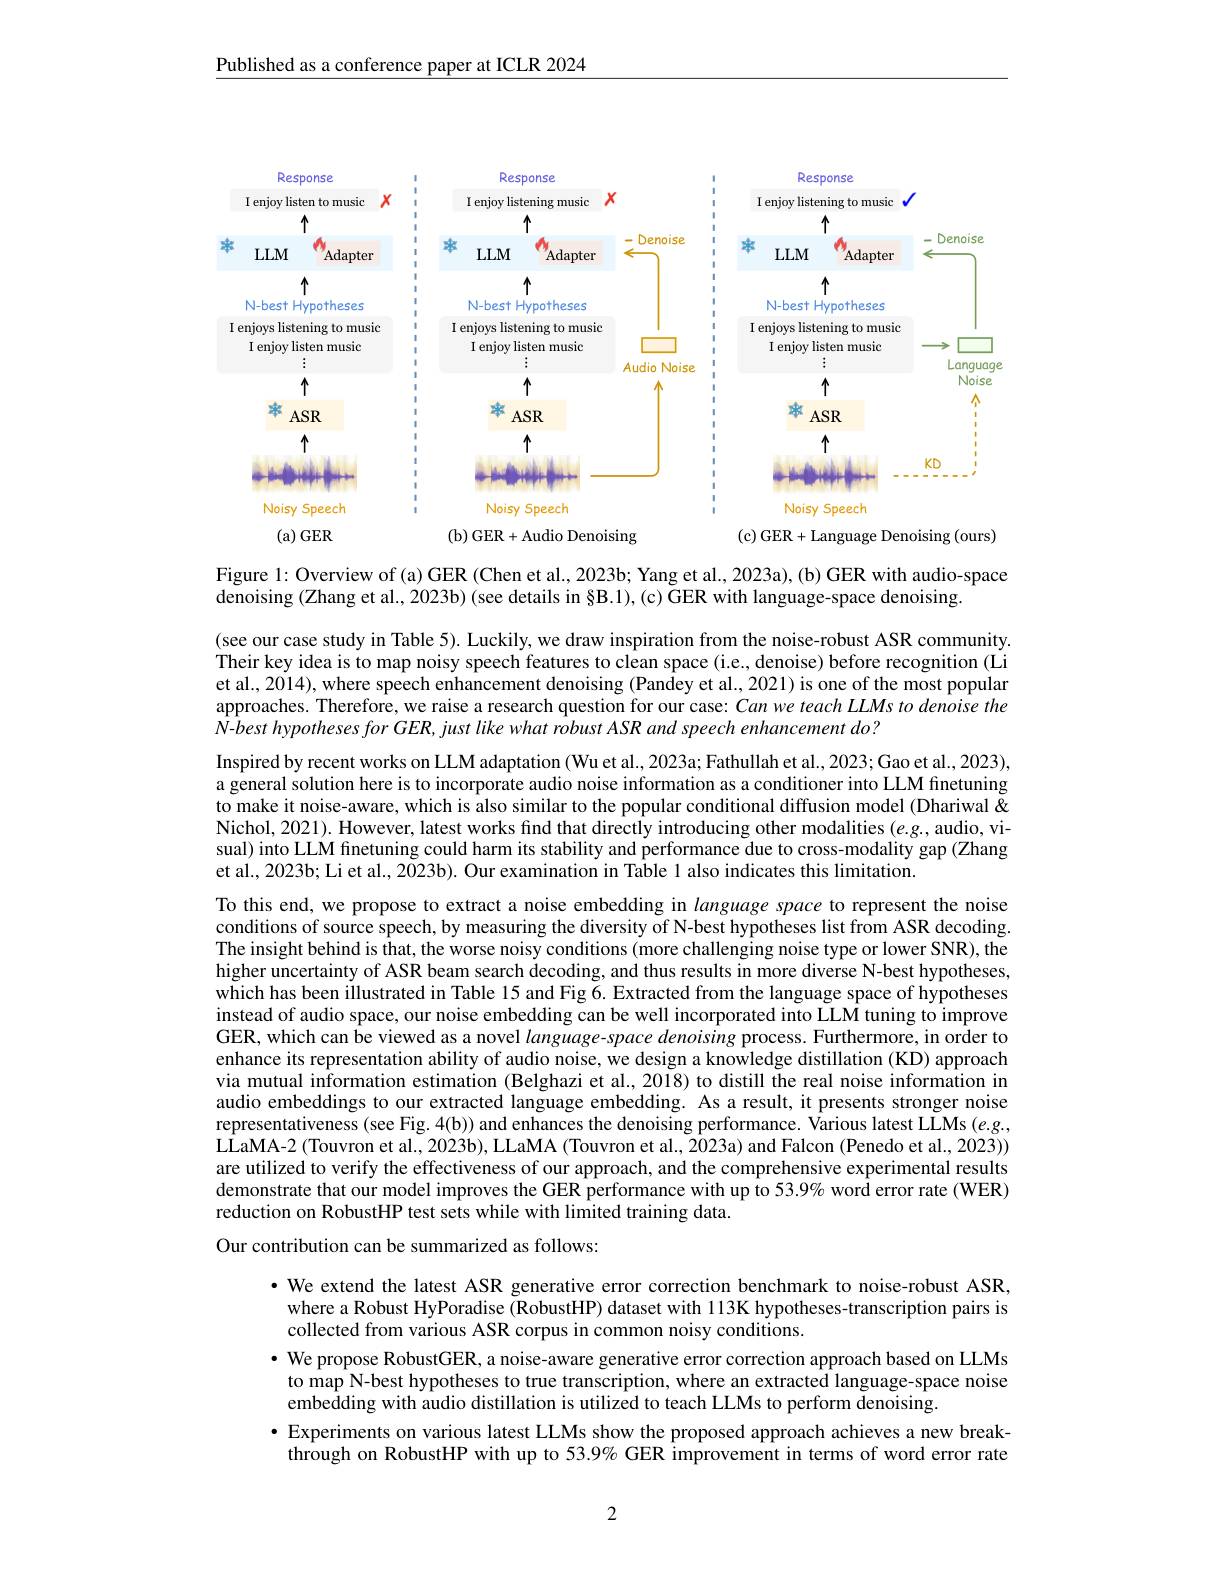
$\underline{\text{Published as a conference paper at ICLR 2024}}$

<FigureHere>

<FigureHere>

Figure 1: Overview of(a) GER (Chen et al., 2023b; Yang et al., 2023a), (b) GER with audio-space
denoising (Zhang et al., 2023b) (see details in §B.1), (c) GER with language-space denoising.

(see our case study in Table 5). Luckily, we draw inspiration from the noise-robust ASR community Their key idea is to map noisy speech features to clean space (i.e., denoise) before recognition (Li et al., 2014), where speech enhancement denoising (Pandey et al., 2021) is one of the most popular approaches. Therefore, we raise a research question for our case: Can we teach LLMs to denoise the $N-best$ hypotheses for GER, just like what robust ASR and speech enhancement do?
Inspired by recent works on LLM adaptation ( Wu et al., 2023a; Fathullah et al., 2023; Gao et al., 2023), a general solution here is to incorporate audio noise information as a conditioner into LLM finetuning to make it noise-aware, which is also similar to the popular conditional diffusion model (Dhariwal & Nichol, 2021). However, latest works find that directly introducing other modalities $(e.g.$, audio, visual) into LLM finetuning could harm its stability and performance due to cross-modality gap (Zhang et al., 2023b; Li et al., 2023b). Our examination in Table 1 also indicates this limitation.
To this end, we propose to extract a noise embedding in language space to represent the noise conditions of source speech, by measuring the diversity of N-best hypotheses list from ASR decoding. The insight behind is that, the worse noisy conditions ( more challenging noise type or lower SNR), the higher uncertainty of ASR beam search decoding, and thus results in more diverse N-best hypotheses, which has been illustrated in Table 15 and Fig 6. Extracted from the language space of hypotheses instead of audio space, our noise embedding can be well incorporated into LLM tuning to improve GER, which can be viewed as a novel language-space denoising process. Furthermore, in order to enhance its representation ability of audio noise, we design a knowledge distillation (KD) approach via mutual information estimation (Belghazi et al., 2018) to distill the real noise information in audio embeddings to our extracted language embedding. As a result, it presents stronger noise representativeness (see Fig. 4(b)) and enhances the denoising performance. Various latest LLMs $(e.g.$, LLaMA-2 (Touvron et al., 2023b), LLaMA (Touvron et al., 2023a) and Falcon (Penedo et al., 2023)) are utilized to verify the effectiveness of our approach, and the comprehensive experimental results demonstrate that our model improves the GER performance with up to 53.9% word error rate (WER) reduction on RobustHP test sets while with limited training data.
Our contribution can be summarized as follows:

·We extend the latest ASR generative error correction benchmark to noise-robust ASR,
where a Robust HyPoradise (RobustHP) dataset with 113K hypotheses-transcription pairs is
collected from various ASR corpus in common noisy conditions.
· We propose RobustGER, a noise-aware generative error correction approach based on LLMs
to map N-best hypotheses to true transcription, where an extracted language-space noise
embedding with audio distillation is utilized to teach LLMs to perform denoising.
· Experiments on various latest LLMs show the proposed approach achieves a new break-
through on RobustHP with up to 53.9% GER improvement in terms of word error rate

2